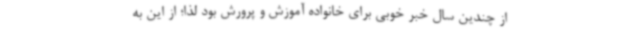
از چندین سال خبر خوبی برای خانواده آموزش و پرورش بود لذا؛ از این به